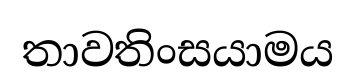
තාවතිංසයාමය